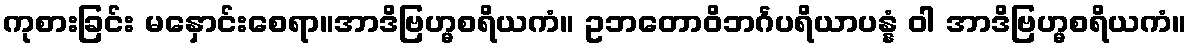
ကုစားခြင်း မနှောင်းစေရာ။အာဒိဗြဟ္မစရိယကံ။ ဥဘတောဝိဘင်္ဂပရိယာပန္နံ ဝါ အာဒိဗြဟ္မစရိယကံ။